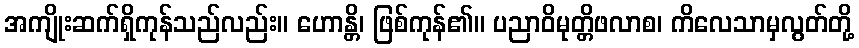
အကျိုးဆက်ရှိကုန်သည်လည်း။ ဟောန္တိ၊ ဖြစ်ကုန်၏။ ပညာဝိမုတ္တိဖလာစ၊ ကိလေသာမှလွတ်တို့